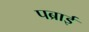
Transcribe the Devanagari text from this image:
पब्राई